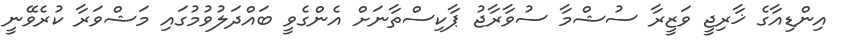
އިންޑިއާގެ ޚާރިޖީ ވަޒީރާ ސުޝްމާ ސުވާރާޖު ޕާކިސްތާނަށް އެންގެވީ ބައްދަލުވުމުގައި މަޝްވަރާ ކުރެވޭނީ